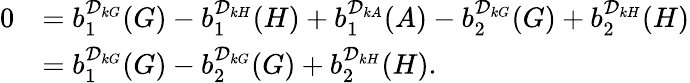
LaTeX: \begin{array}{rl}{0}&{=b_{1}^{\mathcal D_{kG}}(G)-b_{1}^{\mathcal D_{kH}}(H)+b_{1}^{\mathcal D_{kA}}(A)-b_{2}^{\mathcal D_{kG}}(G)+b_{2}^{\mathcal D_{kH}}(H)}\\ &{=b_{1}^{\mathcal D_{kG}}(G)-b_{2}^{\mathcal D_{kG}}(G)+b_{2}^{\mathcal D_{kH}}(H).}\end{array}